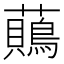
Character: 𧄞